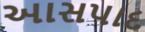
આસપાદ